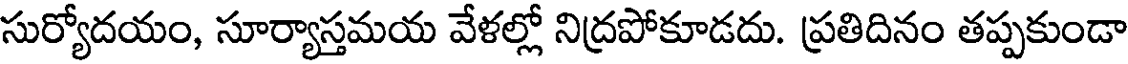
సుర్యోదయం, సూర్యాస్తమయ వేళల్లో నిద్రపోకూడదు. ప్రతిదినం తప్పకుండా